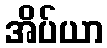
အိပ်ယာ